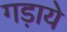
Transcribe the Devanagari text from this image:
गड़ाये